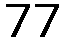
77